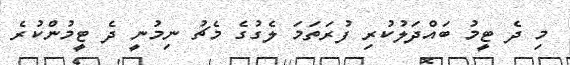
މި ދެ ޓީމު ބައްދަލުކުރި ފުރަތަމަ ލެގުގެ މެޗު ނިމުނީ ދެ ޓީމުންކުރެ